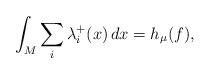
LaTeX: \begin{align*} \int_M \sum_i \lambda_i^+(x)\, dx= h_\mu(f),\end{align*}